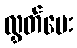
လွှတ်ပေး